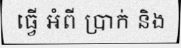
ធ្វើ អំពី ប្រាក់ និង